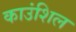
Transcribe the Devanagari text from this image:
काउंशिल